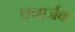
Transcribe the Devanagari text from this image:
धनार्जक